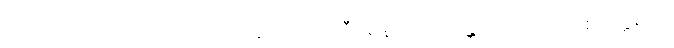
ဥဂ္ဃါတေတိ သံကထာဝ သောတ္ထိယော ဥသီရေန ဒုပ္ပဇဟန္တိ ကာသိကသုစိဝတ္ထဓရာ